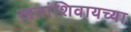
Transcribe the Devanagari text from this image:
खतांशिवायच्या